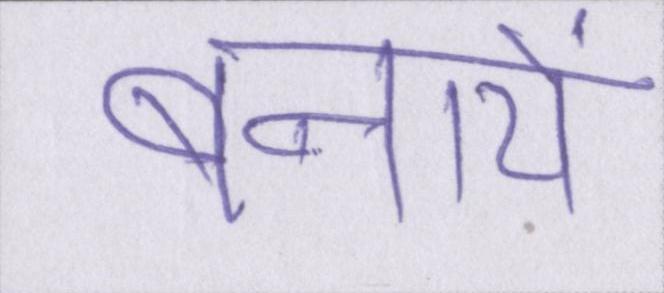
बनायें